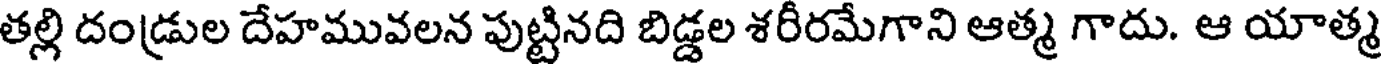
తల్లి దండ్రుల దేహమువలన పుట్టినది బిడ్డల శరీరమేగాని ఆత్మ గాదు. ఆ యాత్మ